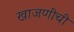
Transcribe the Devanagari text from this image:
खाजणीची